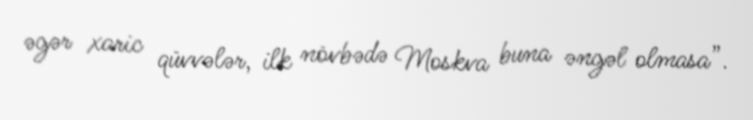
əgər xaric qüvvələr, ilk növbədə Moskva buna əngəl olmasa”.